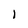
Character: l